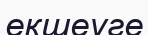
екшеуге